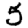
Digit: 5